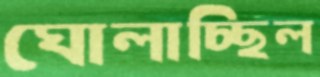
ঘোলাচ্ছিল